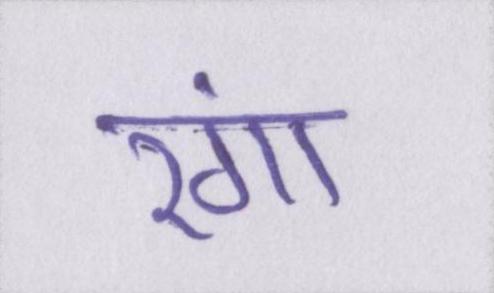
रंगा